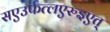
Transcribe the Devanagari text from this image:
सएउर्फत्लएरुइएत्